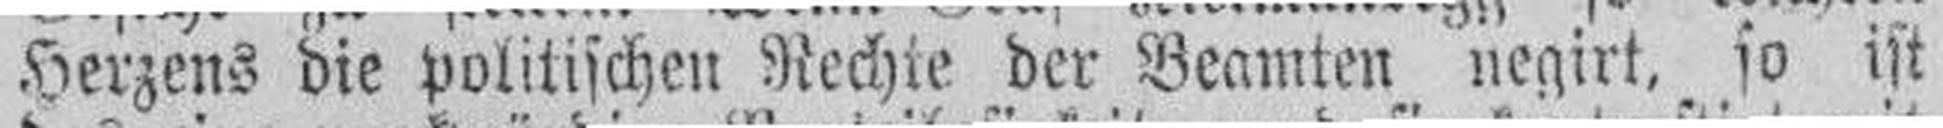
Herzens die politischen Rechte der Beamten negirt, so ist